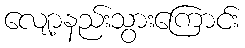
လျော့နည်းသွားကြောင်း